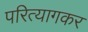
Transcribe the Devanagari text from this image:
परित्यागकर